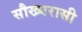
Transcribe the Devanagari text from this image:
सौख्यरासी